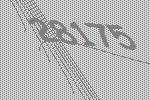
28175